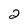
Character: 2